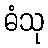
ဓံသု